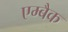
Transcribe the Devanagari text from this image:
एम्बैक